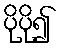
ပိုပို၍